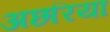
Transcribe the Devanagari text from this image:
अछरिया